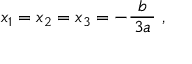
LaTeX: x _ { 1 } = x _ { 2 } = x _ { 3 } = - { \frac { b } { \, 3 a \, } } ~ ,